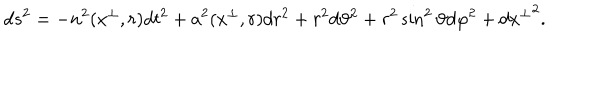
LaTeX: d s ^ { 2 } = - n ^ { 2 } ( x ^ { \perp } , r ) d t ^ { 2 } + a ^ { 2 } ( x ^ { \perp } , r ) d r ^ { 2 } + r ^ { 2 } d \vartheta ^ { 2 } + r ^ { 2 } \sin ^ { 2 } \vartheta d \varphi ^ { 2 } + d { x ^ { \perp } } ^ { 2 } .